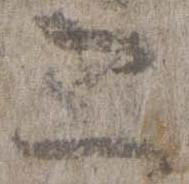
二